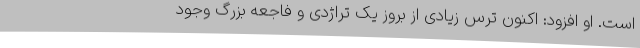
است. او افزود: اکنون ترس زیادی از بروز یک تراژدی و فاجعه بزرگ وجود